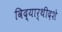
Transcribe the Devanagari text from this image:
विद्यार्थीदशे